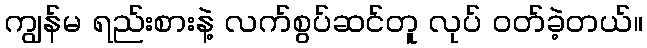
ကျွန်မ ရည်းစားနဲ့ လက်စွပ်ဆင်တူ လုပ် ဝတ်ခဲ့တယ်။